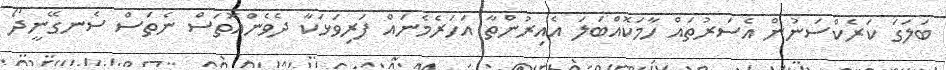
ބަލަގަ ކަރެކްސަނުން އެސަރުތައް ހާމަކޮއްބަލަ އެއިރުންތާ އަހަރެމެނައް ފަރިވަޅަކާ ދެވެންއޮތަސް ނެތަސް ސެނގޭނީދޯ